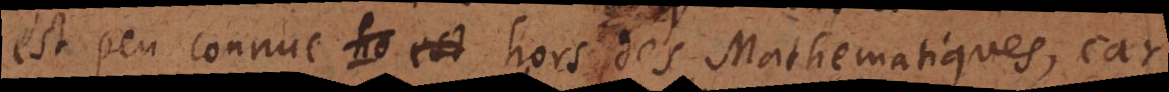
est peu connu hors des Mathematiques, car